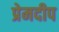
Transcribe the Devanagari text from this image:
प्रेमदीप